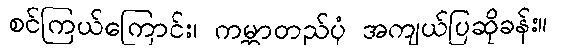
စင်ကြယ်ကြောင်း၊ ကမ္ဘာတည်ပုံ အကျယ်ပြဆိုခန်း။